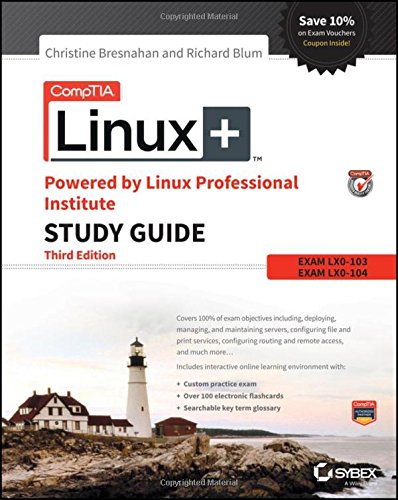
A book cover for CompTIA Linux+ Powered by Linux Professional Institute Study Guide: Exam LX0-103 and Exam LX0-104 (Comptia Linux + Study Guide); Christine Bresnahan; Computers & Technology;